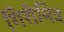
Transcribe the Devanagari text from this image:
गिरीमित्र